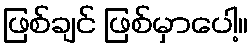
ဖြစ်ချင် ဖြစ်မှာပေါ့။